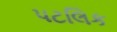
પટલિક